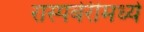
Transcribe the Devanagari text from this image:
रास्पबेरीमध्ये